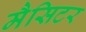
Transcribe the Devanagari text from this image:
मैसिटर